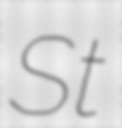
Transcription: St